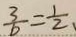
\frac { 3 } { b } = \frac { 1 } { 2 }